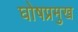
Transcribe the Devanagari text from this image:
घोषप्रमुख